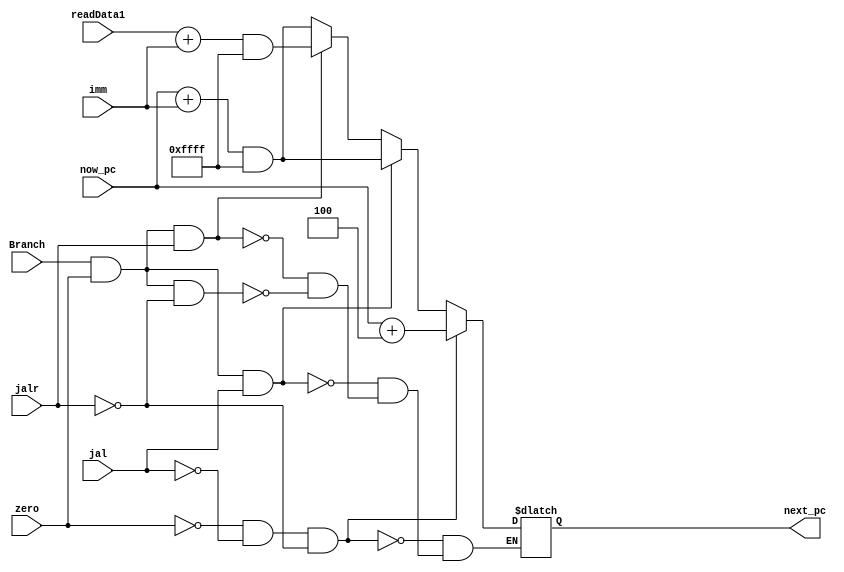
`timescale 1ps/1ps
module pc_adder (
    input[31:0] now_pc,
    input [31:0] imm,
    input [31:0] readData1, 
    input Branch,
    input zero,
    input jalr,
    input jal,
    output reg[31:0] next_pc
);
initial begin
    next_pc=0;
end
always @(*) begin//mux is achieved here
    if(Branch&&zero&&~jalr)//beq
        next_pc=(now_pc+imm)&32'h0000FFFF;
    if(Branch&&zero&&jalr)//jalr
        next_pc=(readData1+imm)&32'h0000FFFF;//jalr
    if(Branch&&zero&&jal)
        next_pc=(now_pc+imm)&32'h0000FFFF;
    if(~zero&&~jal&&~jalr) 
        next_pc=now_pc+4; 
        

end
endmodule //pc_adder4